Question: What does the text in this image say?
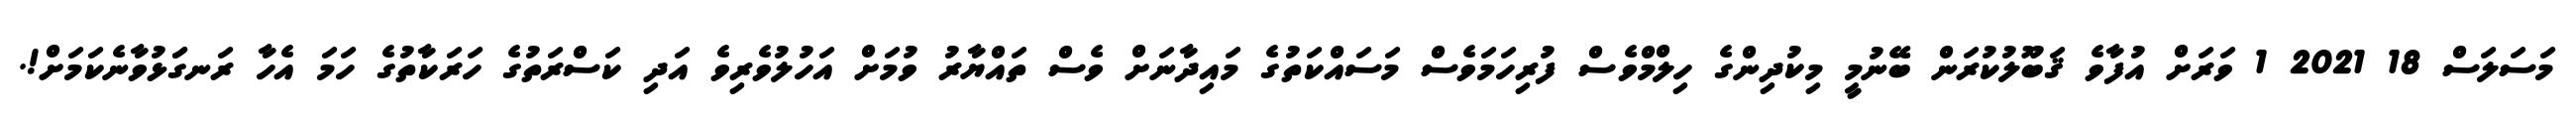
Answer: މަސަލަސް 18 2021 1 ވަރަށް އުފާވެ ޤަބޫލުކުރަން ބޭނުމީ މިކުދިންގެ ހިލްމްވެސް ފުރިހަމަވެސް މަސައްކަތުގެ މައިދާނަށް ވެސް ތައްޔާރު ވުމަށް އަހުލުވެރިވެ އަދި ކަސްރަތުގެ ހަރަކާތުގެ ހަމަ އެހާ ރަނގަަޅުވާނެކަމަށް!.